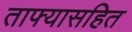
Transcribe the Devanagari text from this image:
ताफ्यासहित